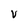
Character: V